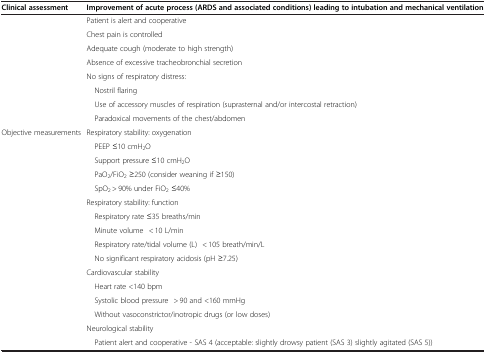
<table><thead><tr><td><b>Clinical assessment</b></td><td><b>Improvement of acute process (ARDS and associated conditions) leading to intubation and mechanical ventilation</b></td></tr></thead><tbody><tr><td> </td><td>Patient is alert and cooperative</td></tr><tr><td> </td><td>Chest pain is controlled</td></tr><tr><td> </td><td>Adequate cough (moderate to high strength)</td></tr><tr><td> </td><td>Absence of excessive tracheobronchial secretion</td></tr><tr><td> </td><td>No signs of respiratory distress:</td></tr><tr><td> </td><td> Nostril flaring</td></tr><tr><td> </td><td> Use of accessory muscles of respiration (suprasternal and/or intercostal retraction)</td></tr><tr><td> </td><td> Paradoxical movements of the chest/abdomen</td></tr><tr><td>Objective measurements</td><td>Respiratory stability: oxygenation</td></tr><tr><td> </td><td> PEEP ≤10 cmH<sub>2</sub>O</td></tr><tr><td> </td><td> Support pressure ≤10 cmH<sub>2</sub>O</td></tr><tr><td> </td><td> PaO<sub>2</sub>/FiO<sub>2</sub> ≥250 (consider weaning if ≥150)</td></tr><tr><td> </td><td> SpO<sub>2</sub> &gt; 90% under FiO<sub>2</sub> ≤40%</td></tr><tr><td> </td><td>Respiratory stability: function</td></tr><tr><td> </td><td> Respiratory rate ≤35 breaths/min </td></tr><tr><td> </td><td> Minute volume&lt; 10 L/min</td></tr><tr><td> </td><td> Respiratory rate/tidal volume (L)&lt; 105 breath/min/L</td></tr><tr><td> </td><td> No significant respiratory acidosis (pH ≥7.25) </td></tr><tr><td> </td><td>Cardiovascular stability</td></tr><tr><td> </td><td> Heart rate &lt;140 bpm</td></tr><tr><td> </td><td> Systolic blood pressure&gt; 90 and &lt;160 mmHg</td></tr><tr><td> </td><td> Without vasoconstrictor/inotropic drugs (or low doses) </td></tr><tr><td> </td><td>Neurological stability</td></tr><tr><td> </td><td> Patient alert and cooperative - SAS 4 (acceptable: slightly drowsy patient (SAS 3) slightly agitated (SAS 5)) </td></tr></tbody></table>